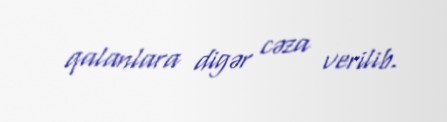
qalanlara digər cəza verilib.